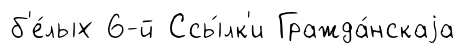
б'е́лых 6-й Ссы́лк'и Гражда́нскаjа